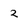
Character: 2